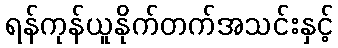
ရန်ကုန်ယူနိုက်တက်အသင်းနှင့်